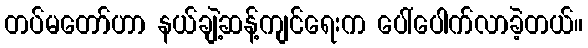
တပ်မတော်ဟာ နယ်ချဲ့ဆန့်ကျင်ရေးက ပေါ်ပေါက်လာခဲ့တယ်။